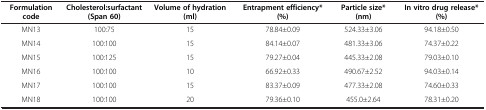
<table><thead><tr><td><b>Formulation code</b></td><td><b>Cholesterol:surfactant (Span 60)</b></td><td><b>Volume of hydration (ml)</b></td><td><b>Entrapment efficiency* (%)</b></td><td><b>Particle size* (nm)</b></td><td><b>In vitro drug release* (%)</b></td></tr></thead><tbody><tr><td>MN13</td><td>100:75</td><td>15</td><td>78.84±0.09</td><td>524.33±3.06</td><td>94.18±0.50</td></tr><tr><td>MN14</td><td>100:100</td><td>15</td><td>84.14±0.07</td><td>481.33±3.06</td><td>74.37±0.22</td></tr><tr><td>MN15</td><td>100:125</td><td>15</td><td>79.27±0.04</td><td>445.33±2.08</td><td>79.03±0.10</td></tr><tr><td>MN16</td><td>100:100</td><td>10</td><td>66.92±0.33</td><td>490.67±2.52</td><td>94.03±0.14</td></tr><tr><td>MN17</td><td>100:100</td><td>15</td><td>83.37±0.09</td><td>477.33±2.08</td><td>74.60±0.33</td></tr><tr><td>MN18</td><td>100:100</td><td>20</td><td>79.36±0.10</td><td>455.0±2.64</td><td>78.31±0.20</td></tr></tbody></table>